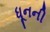
ધૂનની